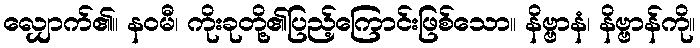
လျှောက်၏။ နဝမီ၊ ကိုးခုတို့၏ပြည့်ကြောင်းဖြစ်သော။ နိဗ္ဗာနံ၊ နိဗ္ဗာန်ကို။